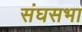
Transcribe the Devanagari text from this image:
संघसभा